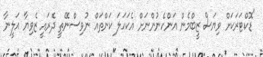
"ޑޮކްޓަރަކަށް ވިޔަސް ޒީބްމެން އަންހެނުންނަށް އެކަހަލަ ކަންތައް ނުވިސްނޭތީ ދެރައީ ޒެވިޔާ އަލީނާ